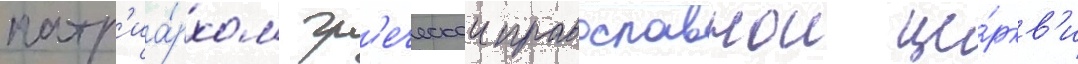
патр'иа́рхом гр'еческои православнои це́ркв'и